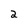
Character: 2